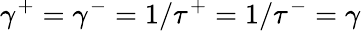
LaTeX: \gamma^{+}=\gamma^{-}=1/\tau^{+}=1/\tau^{-}=\gamma